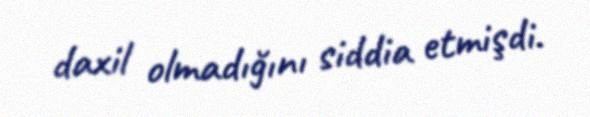
daxil olmadığını siddia etmişdi.